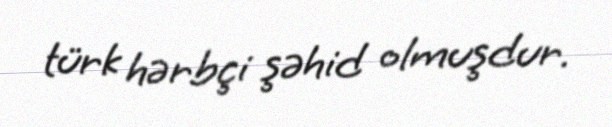
türk hərbçi şəhid olmuşdur.